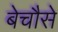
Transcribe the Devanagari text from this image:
बेचौसे